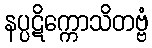
နပ္ပဋိက္ကောသိတဗ္ဗံ